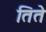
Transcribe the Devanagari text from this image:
तिते